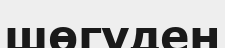
шөгуден